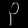
Digit: ၃